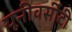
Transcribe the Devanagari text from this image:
यूनीवर्सीटी